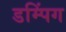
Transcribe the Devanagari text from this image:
डम्पिंग